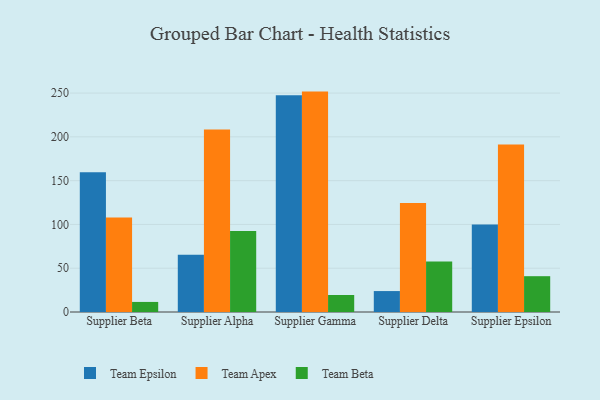
{"axis": {"x": "Supplier", "y": "Production Output"}, "legend": ["Team Apex", "Team Beta", "Team Epsilon"], "data": [{"x": "Supplier Beta", "y": 159.7, "type": "Team Epsilon"}, {"x": "Supplier Beta", "y": 107.8, "type": "Team Apex"}, {"x": "Supplier Beta", "y": 11.5, "type": "Team Beta"}, {"x": "Supplier Alpha", "y": 65.4, "type": "Team Epsilon"}, {"x": "Supplier Alpha", "y": 208.3, "type": "Team Apex"}, {"x": "Supplier Alpha", "y": 92.4, "type": "Team Beta"}, {"x": "Supplier Gamma", "y": 247.5, "type": "Team Epsilon"}, {"x": "Supplier Gamma", "y": 251.7, "type": "Team Apex"}, {"x": "Supplier Gamma", "y": 19.4, "type": "Team Beta"}, {"x": "Supplier Delta", "y": 23.9, "type": "Team Epsilon"}, {"x": "Supplier Delta", "y": 124.6, "type": "Team Apex"}, {"x": "Supplier Delta", "y": 57.6, "type": "Team Beta"}, {"x": "Supplier Epsilon", "y": 99.9, "type": "Team Epsilon"}, {"x": "Supplier Epsilon", "y": 191.3, "type": "Team Apex"}, {"x": "Supplier Epsilon", "y": 40.9, "type": "Team Beta"}]}